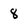
Character: 8